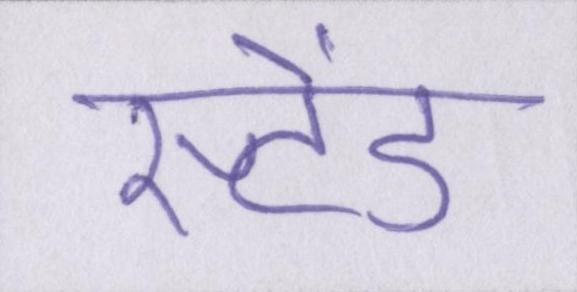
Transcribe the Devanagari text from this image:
स्टेंड